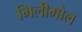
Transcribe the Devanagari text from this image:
मिलीमोल